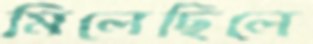
মিলেছিলে